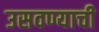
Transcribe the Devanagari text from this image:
उसवण्याची